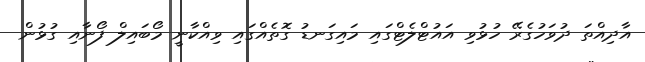
އާދިއްތަ ދުވަހުގެރޭ ހުޅުވި އައުޓްލެޓްގައި މައިގަނޑު ގޮތެއްގައި ވިއްކާނީ މޯބައިލް ފޯނާއި ގުޅުން